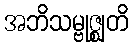
အဘိသမ္ဗုဇ္ဈတိ